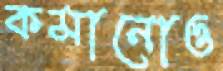
কমানোও